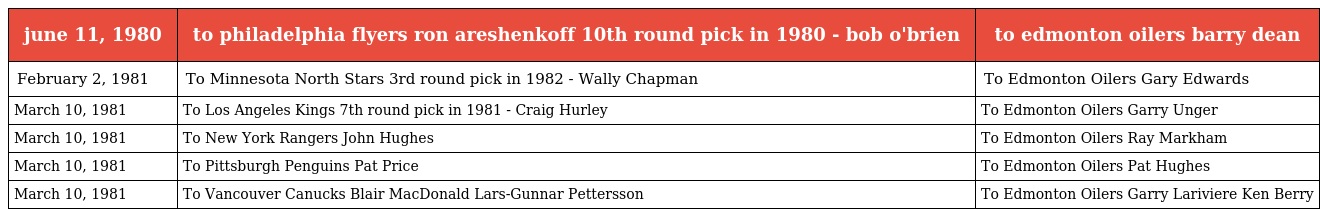
| june 11, 1980 | to philadelphia flyers ron areshenkoff 10th round pick in 1980 - bob o'brien | to edmonton oilers barry dean |
 | --- | --- | --- |
 | February 2, 1981 | To Minnesota North Stars 3rd round pick in 1982 - Wally Chapman | To Edmonton Oilers Gary Edwards |
 | March 10, 1981 | To Los Angeles Kings 7th round pick in 1981 - Craig Hurley | To Edmonton Oilers Garry Unger |
 | March 10, 1981 | To New York Rangers John Hughes | To Edmonton Oilers Ray Markham |
 | March 10, 1981 | To Pittsburgh Penguins Pat Price | To Edmonton Oilers Pat Hughes |
 | March 10, 1981 | To Vancouver Canucks Blair MacDonald Lars-Gunnar Pettersson | To Edmonton Oilers Garry Lariviere Ken Berry |